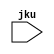
`default_nettype none

module jku_logo(
	input jku
);

/* verilator lint_off UNUSED */
wire dummy1 = jku;
/* verilator lint_off UNUSED */

endmodule
`default_nettype wire